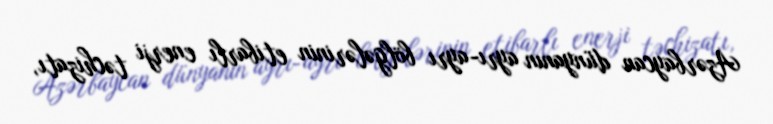
Azərbaycan dünyanın ayrı-ayrı bölgələrinin etibarlı enerji təchizatı,